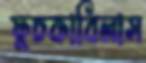
ফুচকাবিলাস